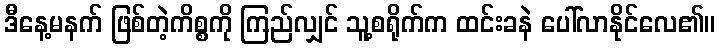
ဒီနေ့မနက် ဖြစ်တဲ့ကိစ္စကို ကြည်လျှင် သူ့စရိုက်က ထင်းခနဲ ပေါ်လာနိုင်လေ၏။